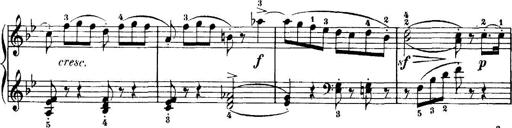
Title: 7 Sonatinas
Composer: Anton Diabelli